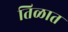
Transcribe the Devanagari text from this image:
तिळात